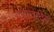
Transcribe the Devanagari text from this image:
कट्टरवादियों